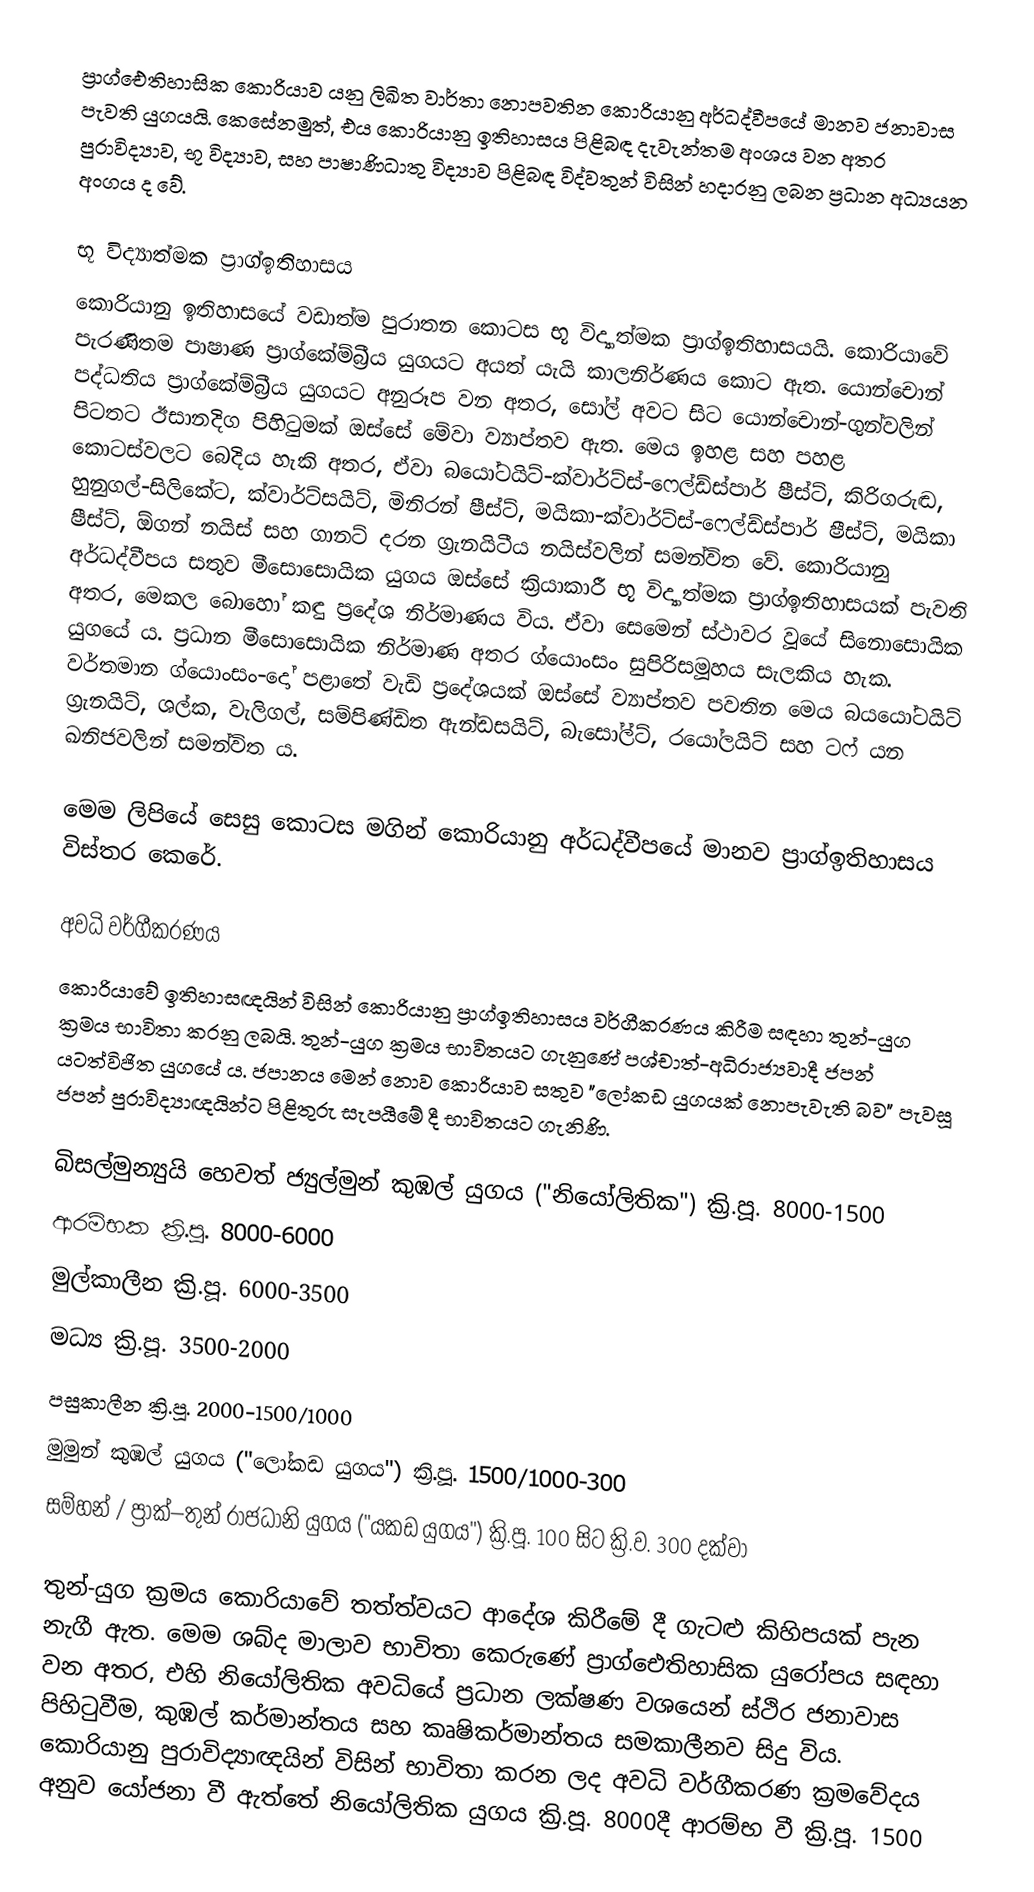
ප්‍රාග්ඓතිහාසික කොරියාව යනු ලිඛිත වාර්තා නොපවතින කොරියානු අර්ධද්වීපයේ මානව ජනාවාස පැවති යුගයයි. කෙසේනමුත්, එය කොරියානු ඉතිහාසය පිළිබඳ දැවැන්තම අංශය වන අතර පුරාවිද්‍යාව, භූ විද්‍යාව, සහ පාෂාණිධාතු විද්‍යාව පිළිබඳ විද්වතුන් විසින් හදාරනු ලබන ප්‍රධාන අධ්‍යයන අංගය ද වේ.

භූ විද්‍යාත්මක ප්‍රාග්ඉතිහාසය
කොරියානු ඉතිහාසයේ වඩාත්ම පුරාතන කොටස භූ විද්‍යාත්මක ප්‍රාග්ඉතිහාසයයි. කොරියාවේ පැරණිතම පාෂාණ ප්‍රාග්කේම්බ්‍රීය යුගයට අයත් යැයි කාලනිර්ණය කොට ඇත. යොන්චොන් පද්ධතිය ප්‍රාග්කේම්බ්‍රීය යුගයට අනුරූප වන අතර, සෝල් අවට සිට යොන්චොන්-ගුන්වලින් පිටතට ඊසානදිග පිහිටුමක් ඔස්සේ මේවා ව්‍යාප්තව ඇත. මෙය ඉහළ සහ පහළ කොටස්වලට බෙදිය හැකි අතර, ඒවා බයෝටයිට්-ක්වාර්ට්ස්-ෆෙල්ඩ්ස්පාර් ෂීස්ට්, කිරිගරුඬ, හුනුගල්-සිලිකේට, ක්වාර්ට්සයිට්, මිනිරන් ෂීස්ට්, මයිකා-ක්වාර්ට්ස්-ෆෙල්ඩ්ස්පාර් ෂීස්ට්, මයිකා ෂීස්ට්, ඕගන් නයිස් සහ ගානට් දරන ග්‍රැනයිටීය නයිස්වලින් සමන්විත වේ. කොරියානු අර්ධද්වීපය සතුව මීසොසොයික යුගය ඔස්සේ ක්‍රියාකාරී භූ විද්‍යාත්මක ප්‍රාග්ඉතිහාසයක් පැවති අතර, මෙකල බොහෝ කඳු ප්‍රදේශ නිර්මාණය විය. ඒවා සෙමෙන් ස්ථාවර වූයේ සිනොසොයික යුගයේ ය. ප්‍රධාන මීසොසොයික නිර්මාණ අතර ග්යොංසං සුපිරිසමූහය සැලකිය හැක. වර්තමාන ග්යොංසං-දෝ පළාතේ වැඩි ප්‍රදේශයක් ඔස්සේ ව්‍යාප්තව පවතින මෙය බයයෝටයිට් ග්‍රැනයිට්, ශල්ක, වැලිගල්, සම්පිණ්ඩිත ඇන්ඩසයිට්, බැසෝල්ට්, රයෝලයිට් සහ ටෆ් යන ඛනිජවලින් සමන්විත ය.

මෙම ලිපියේ සෙසු කොටස මගින් කොරියානු අර්ධද්වීපයේ මානව ප්‍රාග්ඉතිහාසය විස්තර කෙරේ.

අවධි වර්ගීකරණය
කොරියාවේ ඉතිහාසඥයින් විසින් කොරියානු ප්‍රාග්ඉතිහාසය වර්ගීකරණය කිරීම සඳහා තුන්-යුග ක්‍රමය භාවිතා කරනු ලබයි. තුන්-යුග ක්‍රමය භාවිතයට ගැනුණේ පශ්චාත්-අධිරාජ්‍යවාදී ජපන් යටත්විජිත යුගයේ ය. ජපානය මෙන් නොව කොරියාව සතුව "ලෝකඩ යුගයක් නොපැවැති බව" පැවසූ ජපන් පුරාවිද්‍යාඥයින්ට පිළිතුරු සැපයීමේ දී භාවිතයට ගැනිණි.

බිසල්මුන්‍යුයි හෙවත් ජ්‍යුල්මුන් කුඹල් යුගය ("නියෝලිතික") ක්‍රි.පූ. 8000-1500
ආරම්භක ක්‍රි.පූ. 8000-6000
මුල්කාලීන ක්‍රි.පූ. 6000-3500
මධ්‍ය ක්‍රි.පූ. 3500-2000
පසුකාලීන ක්‍රි.පූ. 2000-1500/1000
 මුමුන් කුඹල් යුගය ("ලෝකඩ යුගය") ක්‍රි.පූ. 1500/1000-300
 සම්හන් / ප්‍රාක්–තුන් රාජධානි යුගය ("යකඩ යුගය") ක්‍රි.පූ. 100 සිට ක්‍රි.ව. 300 දක්වා

තුන්-යුග ක්‍රමය කොරියාවේ තත්ත්වයට ආදේශ කිරීමේ දී ගැටළු කිහිපයක් පැන නැගී ඇත. මෙම ශබ්ද මාලාව භාවිතා කෙරුණේ ප්‍රාග්‍ඓතිහාසික යුරෝපය සඳහා වන අතර, එහි නියෝලිතික අවධියේ ප්‍රධාන ලක්ෂණ වශයෙන් ස්ථිර ජනාවාස පිහිටුවීම, කුඹල් කර්මාන්තය සහ කෘෂිකර්මාන්තය සමකාලීනව සිදු විය. කොරියානු පුරාවිද්‍යාඥයින් විසින් භාවිතා කරන ලද අවධි වර්ගීකරණ ක්‍රමවේදය අනුව යෝජනා වී ඇත්තේ නියෝලිතික යුගය ක්‍රි.පූ. 8000දී ආරම්භ වී ක්‍රි.පූ. 1500